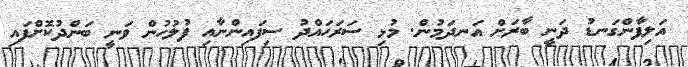
އަލިފާންގަނޑު ދަނީ ބާރަށް އަނދަމުން. މުޅި ސަރަހައްދު ސިފައިންނާއި ފުލުހުން ވަނީ ބަންދުކޮށްފައި